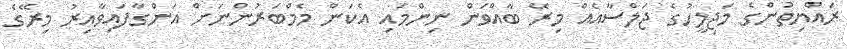
ރައްޔިތުންގެ މަޖިލީހުގެ ޖަލްސާއެއް މިރޭ ބާއްވަން ނިންމައި އެކަން މެމްބަރުންނަށް އަންގާފައިވާއިރު މިރޭގެ